Note on the mental hospitals in Burma - 1925-1940
Year: 1925
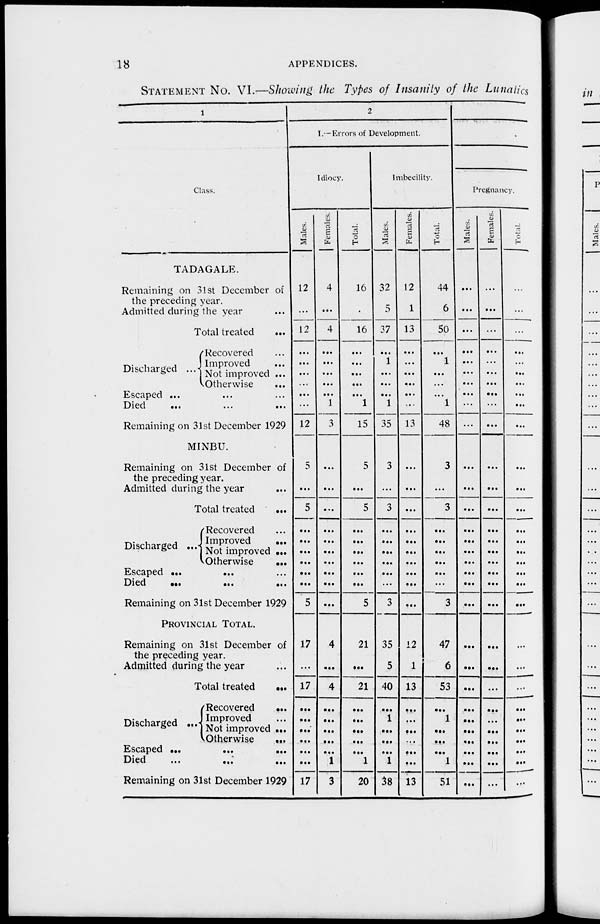
18
APPENDICES.
STATEMENT No. VI.—Showing the Types of Insanity of the Lunatics
1
Class.
TADAGALE.
Remaining on 31 st December of
the preceding year.
Admitted during the year ...
Total treated
...
Discharged ...
Recovered ...
Improved ...
Not improved ...
Otherwise ...
Escaped ... ... ...
Died
...
...
...
Remaining on 31st December 1929
MINBU.
Remaining on 31st December of
the preceding year.
Admitted during the year ...
Total treated
...
Discharged ...
Recovered ...
Improved
...
Not improved ...
Otherwise
...
Escaped
...
... ...
Died
...
...
...
Remaining on 31st December 1929
PROVINCIAL TOTAL.
Remaining on 31st December of
the preceding year.
Admitted during the year ...
Total treated
...
Discharged ...
Recovered
...
Improved ...
Not improved ...
Otherwise
...
Escaped
...
...
...
Died
...
...
...
Remaining on 31st December 1929
2
I.—Errors of Development.
Idiocy.
Males.
12
...
12
...
...
...
...
...
...
12
5
...
5
...
...
...
...
...
...
5
17
...
17
...
...
...
...
...
...
17
Females.
4
...
4
...
...
...
...
...
1
3
...
...
...
...
...
...
...
...
...
...
4
...
4
...
...
...
...
...
1
3
Total.
16
...
16
...
...
...
...
...
1
15
5
...
5
...
...
...
...
...
...
5
21
...
21
...
...
...
...
...
1
20
Imbecility.
Males.
32
5
37
...
1
...
...
...
1
35
3
...
3
...
...
...
...
...
...
3
35
5
40
...
1
...
...
...
1
38
Females.
12
1
13
...
...
...
...
...
...
13
...
...
...
...
...
...
...
...
...
...
12
1
13
...
...
...
...
...
...
13
Total.
44
6
50
...
1
...
...
...
1
48
3
...
3
...
...
...
...
...
...
3
47
6
53
...
1
...
...
...
1
51
Pregnancy.
Males.
...
...
...
...
...
...
...
...
...
...
...
...
...
...
...
...
...
...
...
...
...
...
...
...
...
...
...
...
...
...
Females.
...
...
...
...
...
...
...
...
...
...
...
...
...
...
...
...
...
...
...
...
...
...
...
...
...
...
...
...
...
...
Total.
...
...
...
...
...
...
...
...
...
...
...
...
...
...
...
...
...
...
...
...
...
...
...
...
...
...
...
...
...
...